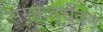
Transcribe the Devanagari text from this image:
सस्कतचेंवन